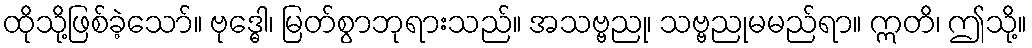
ထိုသို့ဖြစ်ခဲ့သော်။ ဗုဒ္ဓေါ၊ မြတ်စွာဘုရားသည်။ အသဗ္ဗညု၊ သဗ္ဗညုမမည်ရာ။ ဣတိ၊ ဤသို့။